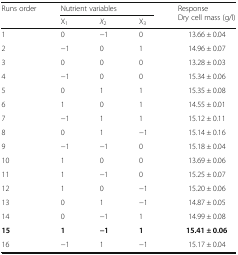
| <ROWSPAN=2> Runs order | <COLSPAN=3> Nutrient variables | <ROWSPAN=2> Response Dry cell mass (g/l) |
 | X1 | X2 | X3 |
 | --- | --- | --- | --- | --- |
 | 1 | 0 | −1 | 0 | 13.66 ± 0.04 |
 | 2 | −1 | 0 | 1 | 14.96 ± 0.07 |
 | 3 | 0 | 0 | 0 | 13.28 ± 0.03 |
 | 4 | −1 | 0 | 0 | 15.34 ± 0.06 |
 | 5 | 0 | 1 | 1 | 15.35 ± 0.08 |
 | 6 | 1 | 0 | 1 | 14.55 ± 0.01 |
 | 7 | −1 | 1 | 1 | 15.12 ± 0.11 |
 | 8 | 0 | 1 | −1 | 15.14 ± 0.16 |
 | 9 | −1 | −1 | 0 | 15.18 ± 0.04 |
 | 10 | 1 | 0 | 0 | 13.69 ± 0.06 |
 | 11 | 1 | −1 | 0 | 15.25 ± 0.07 |
 | 12 | 1 | 0 | −1 | 15.20 ± 0.06 |
 | 13 | 0 | 1 | −1 | 14.87 ± 0.05 |
 | 14 | 0 | −1 | 1 | 14.99 ± 0.08 |
 | 15 | 1 | −1 | 1 | 15.41 ± 0.06 |
 | 16 | −1 | 1 | −1 | 15.17 ± 0.04 |